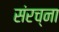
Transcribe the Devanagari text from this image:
संरच्ना